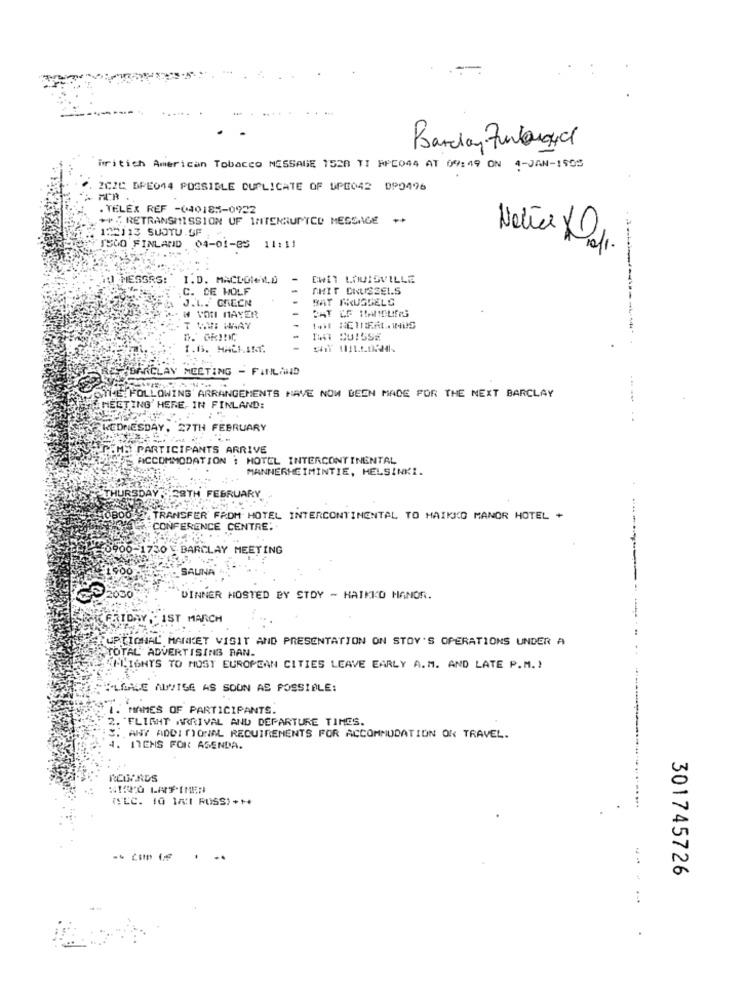
Barclay Zurbougie
Gritich American Tobacco MESSAGE 1528 TI PPE044 AT 09:49 ON 4-JAN-1505
2CZC DPE044 POSSIBLE DUPLICATE OF UPE042 DP0496
. TELEX REF -040185-0922
++%RETRANSMISSION UF IMITERRUPTCO MESSAGE **
122113 SUJTU SF
ISCO FINLAND 04-01-85 11:11
MESSRS:
I.D. MACDOleWD
-
EWIT LOUISVILLE
C. DE WOLF
-
CHIT BRUSSELS
J.L. GREEN
BAT TRUSSELS
# VOMI MAYER
T WWI WAY
-
1.6. MACHINE.
.
BARCLAY MEETING - FINLAND
MIKE: FOLLOWING ARRANGEMENTS HAVE NOW BEEN MADE FOR THE NEXT BARCLAY
MEETING HERE, IN FINLAND:
WEDNESDAY, 27TH FEBRUARY
.r.M: PARTICIPANTS ARRIVE
ACCOMMODATION : HOTEL INTERCONTINENTAL
MANNERHEIMINTIE, HELSINKI.
THURSDAY ,28TH FEBRUARY
0800- TRANSFER FROM HOTEL INTERCONTINENTAL TO MAIKIO MANOR HOTEL +
"CONFERENCE CENTRE.
-0900-1730 - BARCLAY MEETING
SAUNA
DINNER HOSTED BY STDY - HAIKKO HANOR.
FRIDAY , IST MARCH
UPTIOHAL' MARKET VISIT AND PRESENTATION ON STOY'S OPERATIONS UNDER A
TOTAL ADVERTISING BAN.
"CLIENTS TO MOST EUROPEAN CITIES LEAVE EARLY A.M. AND LATE P.M.)
PLEASE ADVISE AS SOON AS POSSIBLE:
MAMES OF PARTICIPANTS.
2. "FLIGHT ARRIVAL AND DEPARTURE TIMES.
ANY ADDITIONAL REQUIREMENTS FOR ACCOMMODATION ON TRAVEL.
4. ITEMS FOR AGENDA.
REGARDS
KISPO LAFIMEN
(SEC. 10 14:1 ROSS)+++
301745726
.